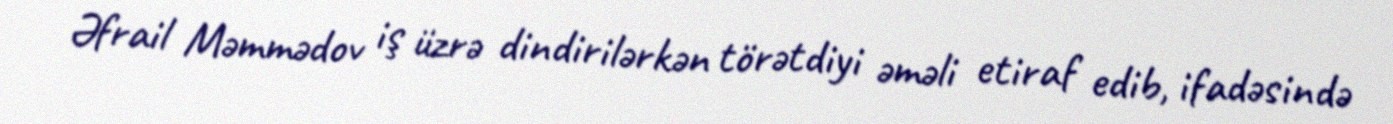
Əfrail Məmmədov iş üzrə dindirilərkən törətdiyi əməli etiraf edib, ifadəsində